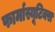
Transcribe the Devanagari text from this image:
फार्मास्यूटिक्स